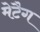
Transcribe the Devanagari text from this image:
मेटैग